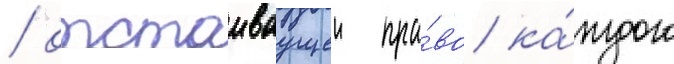
/ отстаиваущеи пра́во ка́ждого